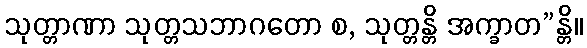
သုတ္တာဏာ သုတ္တသဘာဂတော စ, သုတ္တန္တိ အက္ခာတ”န္တိ။